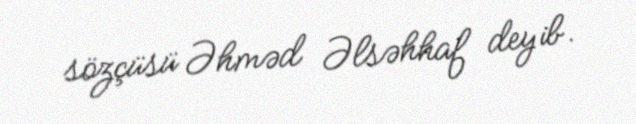
sözçüsü Əhməd Əlsəhhaf deyib.